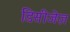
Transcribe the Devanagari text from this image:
डिसीजेज़